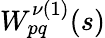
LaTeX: W_{pq}^{\nu(1)}(s)